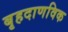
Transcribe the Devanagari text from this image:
बृहदाणविक